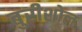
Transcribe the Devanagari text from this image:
बुरीशोल